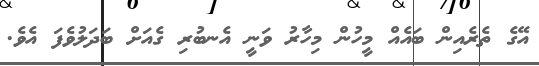
އޭގެ ތެރެއިން ބައެއް މީހުން މިހާރު ވަނީ އެނބުރި ގެއަށް ބަދަލުވެފަ އެވެ.